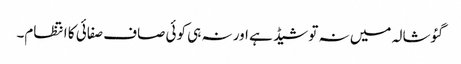
گئوشالہ میں نہ تو شیڈ ہے اور نہ ہی کوئی صاف صفائی کا انتظام۔